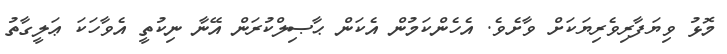
މޮޅު ވިޔަފާރިވެރިޔަކަށް ވާށެވެ. އެހެންކަމުން އެކަން ޙާޞިލްކުރަން އޭނާ ނިކުތީ އެވާހަކަ ޢަލީގާތު